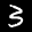
Label: 3